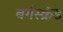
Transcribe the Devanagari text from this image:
बर्गस्क्रंड